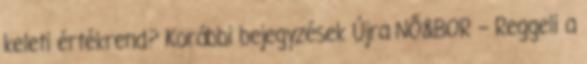
keleti értékrend? Korábbi bejegyzések Újra NŐ&BOR – Reggeli a